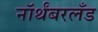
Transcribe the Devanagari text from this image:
नॉर्थंबरलँड